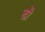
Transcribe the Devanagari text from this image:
डॊ